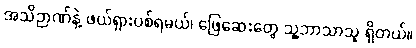
အသိဉာဏ်နဲ့ ဖယ်ရှားပစ်ရမယ်၊ ဖြေဆေးတွေ သူ့ဘာသာသူ ရှိတယ်။